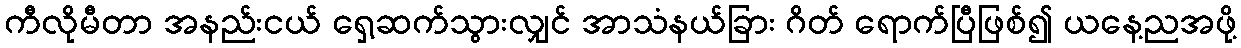
ကီလိုမီတာ အနည်းငယ် ရှေ့ဆက်သွားလျှင် အာသံနယ်ခြား ဂိတ် ရောက်ပြီဖြစ်၍ ယနေ့ညအဖို့